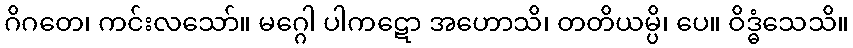
ဂိဂတေ၊ ကင်းလသော်။ မဂ္ဂေါ ပါကဋော အဟောသိ၊ တတိယမ္ပိ၊ ပေ။ ဝိဒ္ဓံသေသိ။